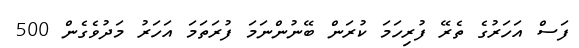
ފަސް އަހަރުގެ ތެރޭ ފުރިހަމަ ކުރަން ބޭނުންނަމަ ފުރަތަމަ އަހަރު މަދުވެގެން 500